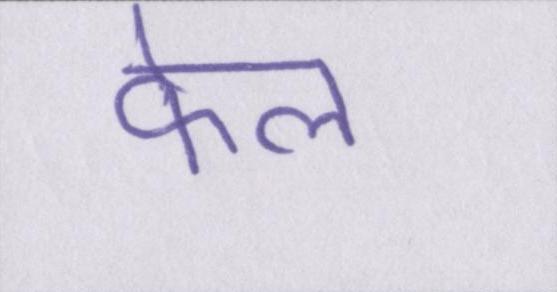
फेल